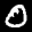
Label: 0